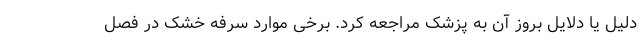
دلیل یا دلایل بروز آن به پزشک مراجعه کرد. برخی موارد سرفه خشک در فصل